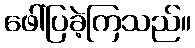
ဖေါ်ပြခဲ့ကြသည်။